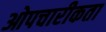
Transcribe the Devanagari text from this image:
ओपचारीकता